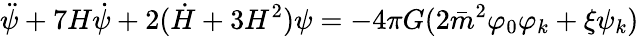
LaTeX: \ddot{\psi}+7H\dot{\psi}+2(\dot{H}+3H^{2})\psi=-4\pi G(2\bar{m}^{2}\varphi_{0}\varphi_{k}+\xi\psi_{k})